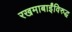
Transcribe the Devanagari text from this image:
रखमाबाईंविरुद्ध